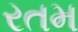
રતમ